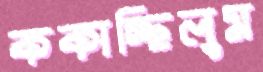
ককাচ্ছিলুম